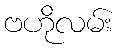
ဗဟိုလမ်း